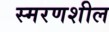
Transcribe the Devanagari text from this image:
स्मरणशील